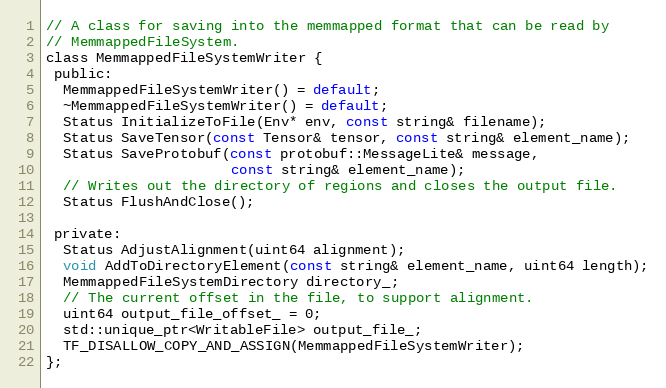
Language: C
// A class for saving into the memmapped format that can be read by
// MemmappedFileSystem.
class MemmappedFileSystemWriter {
 public:
  MemmappedFileSystemWriter() = default;
  ~MemmappedFileSystemWriter() = default;
  Status InitializeToFile(Env* env, const string& filename);
  Status SaveTensor(const Tensor& tensor, const string& element_name);
  Status SaveProtobuf(const protobuf::MessageLite& message,
                      const string& element_name);
  // Writes out the directory of regions and closes the output file.
  Status FlushAndClose();

 private:
  Status AdjustAlignment(uint64 alignment);
  void AddToDirectoryElement(const string& element_name, uint64 length);
  MemmappedFileSystemDirectory directory_;
  // The current offset in the file, to support alignment.
  uint64 output_file_offset_ = 0;
  std::unique_ptr<WritableFile> output_file_;
  TF_DISALLOW_COPY_AND_ASSIGN(MemmappedFileSystemWriter);
};